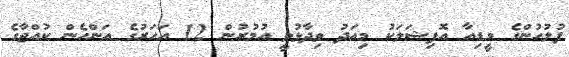
ފުލުހުންގެ މީޑިއާ އޮފިޝަލަކު މިއަދު ވިދާޅުވީ އުމުރުން 12 އަހަރުގެ އަންހެން ކުއްޖާގެ